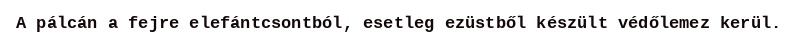
A pálcán a fejre elefántcsontból, esetleg ezüstből készült védőlemez kerül.